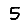
Digit: 5